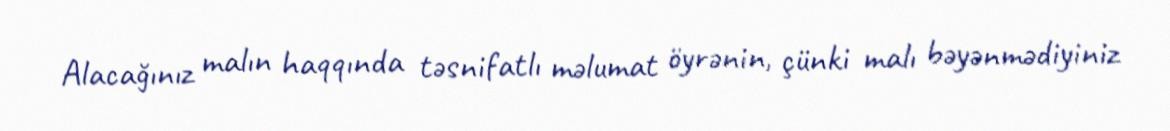
Alacağınız malın haqqında təsnifatlı məlumat öyrənin, çünki malı bəyənmədiyiniz